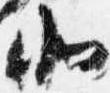
北